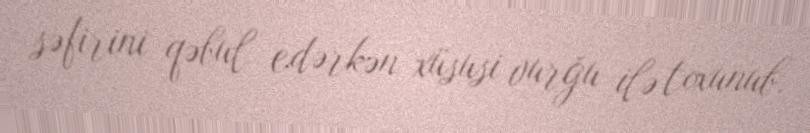
səfirini qəbul edərkən xüsusi vurğu ilə toxunub.